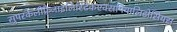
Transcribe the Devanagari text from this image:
सुपरकैलीफ़्रैजाइलिस्टिकएक्सपियालिडोसियस